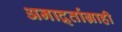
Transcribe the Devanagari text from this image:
अनार्द्र्ताग्राही